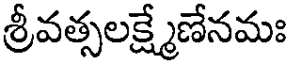
శ్రీవత్సలక్ష్మేణేనమః